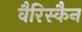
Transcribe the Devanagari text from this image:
वैरिस्कैन